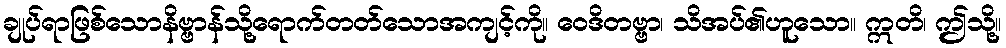
ချုပ်ရာဖြစ်သောနိဗ္ဗာန်သို့ရောက်တတ်သောအကျင့်ကို။ ဝေဒိတဗ္ဗာ၊ သိအပ်၏ဟူသော။ ဣတိ၊ ဤသို့။